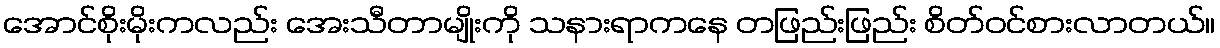
အောင်စိုးမိုးကလည်း အေးသီတာမျိုးကို သနားရာကနေ တဖြည်းဖြည်း စိတ်ဝင်စားလာတယ်။